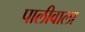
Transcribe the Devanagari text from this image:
पालीवाला